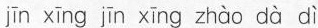
jīn xīng jīn xīng zhào dà dì